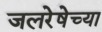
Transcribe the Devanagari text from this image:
जलरेषेच्या